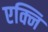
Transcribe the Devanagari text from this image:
एक्नि